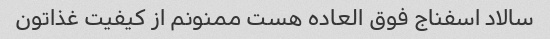
سالاد اسفناج فوق العاده هست ممنونم از کیفیت غذاتون